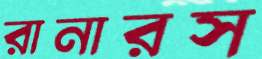
রানারস